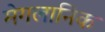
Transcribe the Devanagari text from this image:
मेगलानिक